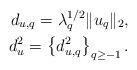
LaTeX: \begin{align*}d_{u, q}=\lambda_q^{1/2}\|u_q\|_2, \\d_u^2=\left\{d_{u,q}^2\right\}_{q\geq -1}.\end{align*}